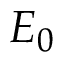
E _ { 0 }